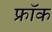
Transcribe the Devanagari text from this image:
फ्राॅक